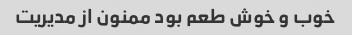
خوب و خوش طعم بود ممنون از مدیریت